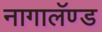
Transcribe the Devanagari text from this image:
नागालॅण्ड